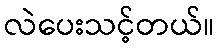
လဲပေးသင့်တယ်။